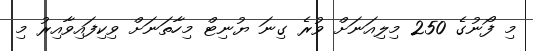
މި ފޯނުގެ 250 މިލިއަނަށް ވުރެ ގިނަ ޔުނިޓް މިހާތަނަށް ވިކިފައިވާއިރު މި